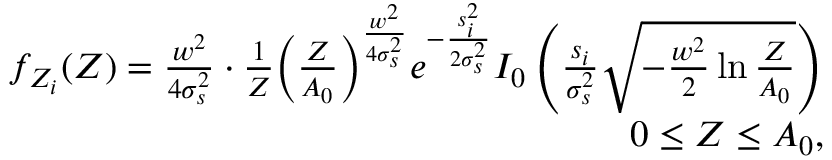
\begin{array} { r } { f _ { Z _ { i } } ( Z ) = \frac { w ^ { 2 } } { 4 \sigma _ { s } ^ { 2 } } \cdot \frac { 1 } { Z } \bigg ( \frac { Z } { A _ { 0 } } \bigg ) ^ { \frac { w ^ { 2 } } { 4 \sigma _ { s } ^ { 2 } } } e ^ { - \frac { s _ { i } ^ { 2 } } { 2 \sigma _ { s } ^ { 2 } } } I _ { 0 } \left( \frac { s _ { i } } { \sigma _ { s } ^ { 2 } } \sqrt { - \frac { w ^ { 2 } } { 2 } \ln \frac { Z } { A _ { 0 } } } \right) } \\ { 0 \leq { Z } \leq { A _ { 0 } } , } \end{array}